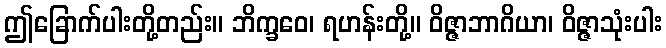
ဤခြောက်ပါးတို့တည်း။ ဘိက္ခဝေ၊ ရဟန်းတို့။ ဝိဇ္ဇာဘာဂိယာ၊ ဝိဇ္ဇာသုံးပါး